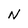
Character: N